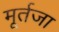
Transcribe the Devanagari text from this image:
मूर्तजा